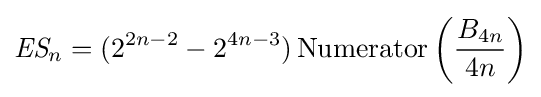
{\textit {ES}}_{n}=(2^{2n-2}-2^{4n-3})\operatorname {Numerator} \left({\frac {B_{4n}}{4n}}\right)